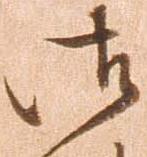
御